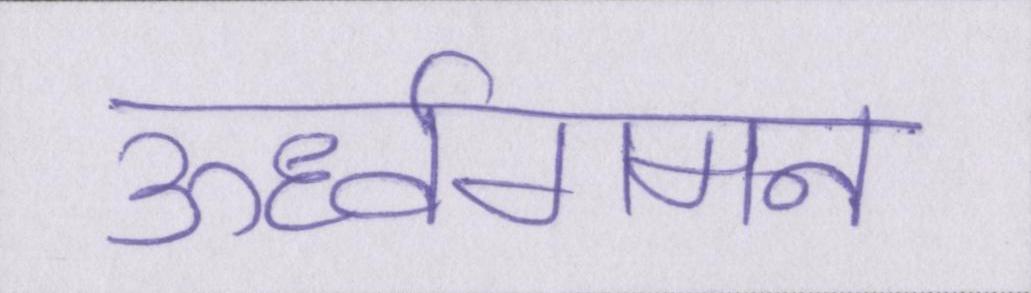
ऊर्ध्वगमन